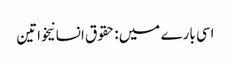
اسی بارے میں: حقوق انسانیخواتین